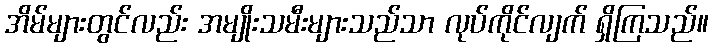
အိမ်များတွင်လည်း အမျိုးသမီးများသည်သာ လုပ်ကိုင်လျက် ရှိကြသည်။